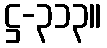
ဋ္ဌ-၃၁၃။